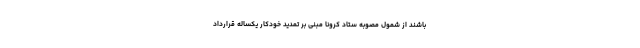
باشند از شمول مصوبه ستاد کرونا مبنی بر تمدید خودکار یکساله قرارداد